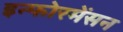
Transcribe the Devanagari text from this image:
इन्फोरमेंसन